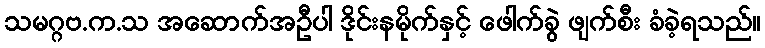
သမဂ္ဂဗ.က.သ အဆောက်အဦပါ ဒိုင်းနမိုက်နှင့် ဖေါက်ခွဲ ဖျက်စီး ခံခဲ့ရသည်။